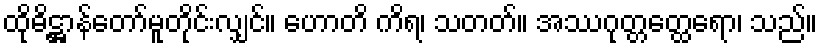
ထိုဓိဋ္ဌာန်တော်မူတိုင်းလျှင်။ ဟောတိ ကိရ၊ သတတ်။ အဿဂုတ္တတ္ထေရော၊ သည်။